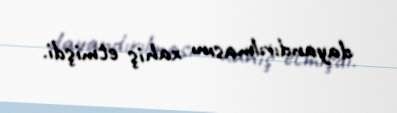
dayandırılmasını xahiş etmişdi.